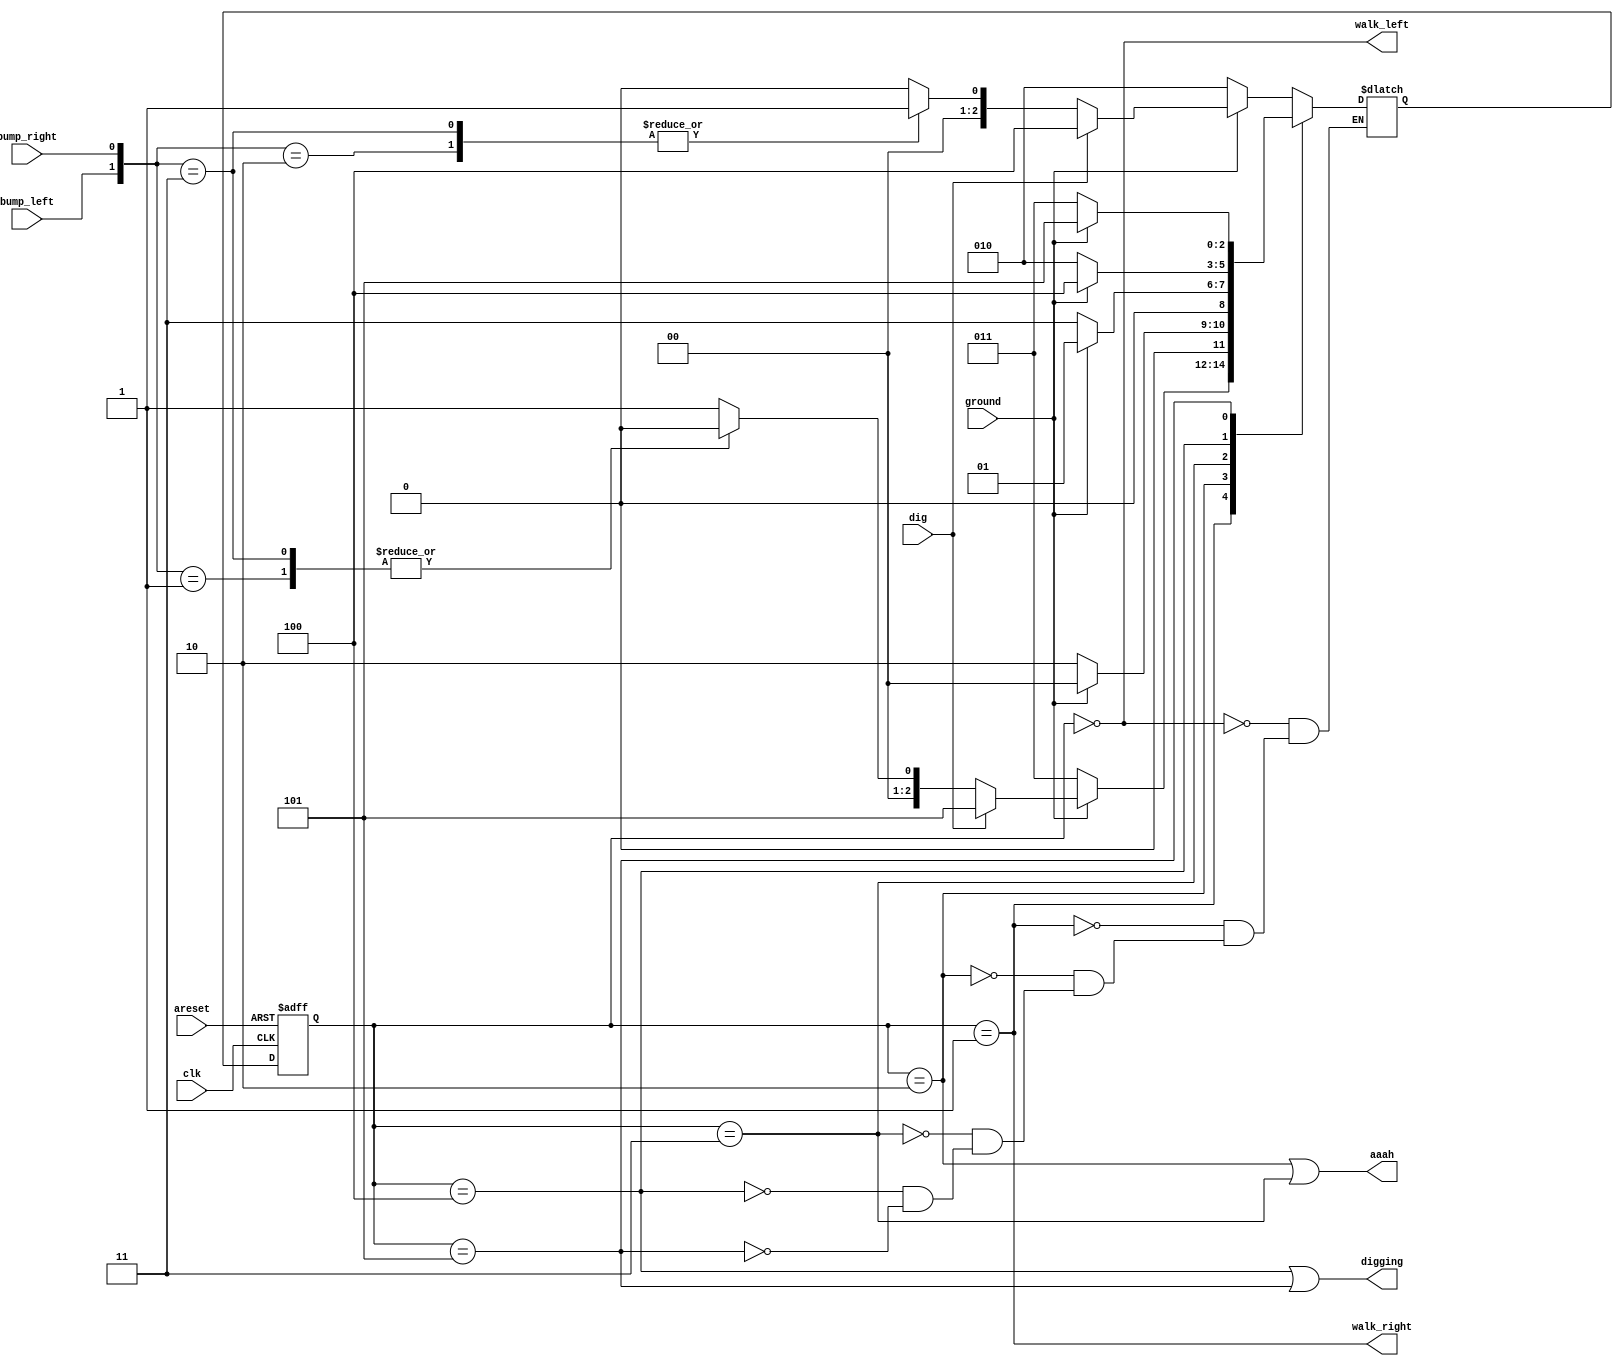
module top_module(
    input clk,
    input areset,    // Freshly brainwashed Lemmings walk left.
    input bump_left,
    input bump_right,
    input ground,
    input dig,
    output walk_left,
    output walk_right,
    output aaah,
    output digging ); 

    reg [2:0]y, Y;
    parameter A=3'b000, B=3'b001, C=3'b010, D=3'b011, E=3'b100, F=3'b101;

    always@(*)begin
        case(y)
            A:begin
                if(!ground)
                    Y <= C;
                else begin
                    if(dig)
                        Y <= E;
                    else
                        case({bump_left, bump_right})
                            2'b00: Y <= A;
                            2'b01: Y <= A;
                            2'b10: Y <= B;
                            2'b11: Y <= B;
                        endcase
                end
            end
            B:begin
                if(!ground)
                    Y <= D;
                else begin
                    if(dig)
                        Y <= F;
                    else
                        case({bump_left, bump_right})
                            2'b00: Y <= B;
                            2'b01: Y <= A;
                            2'b10: Y <= B;
                            2'b11: Y <= A;
                        endcase
                end
            end

            C:begin
                if(ground) Y <= A;
                else Y <= C;
            end

            D:begin
                if(ground)  Y <= B;
                else Y <= D;
            end

            E:begin
                if(ground) Y <= E;
                else   Y <= C;
            end

            F:begin
                if(ground) Y <= F;
                else   Y <= D;
            end
        endcase
    end

    always@(posedge clk, posedge areset)begin
        if(areset)
            y <= A;
        else
            y <= Y;
    end

    assign walk_left = (y == A);
    assign walk_right = (y == B);
    assign aaah = (y == C | y == D);
    assign digging = (y == E | y == F);

endmodule